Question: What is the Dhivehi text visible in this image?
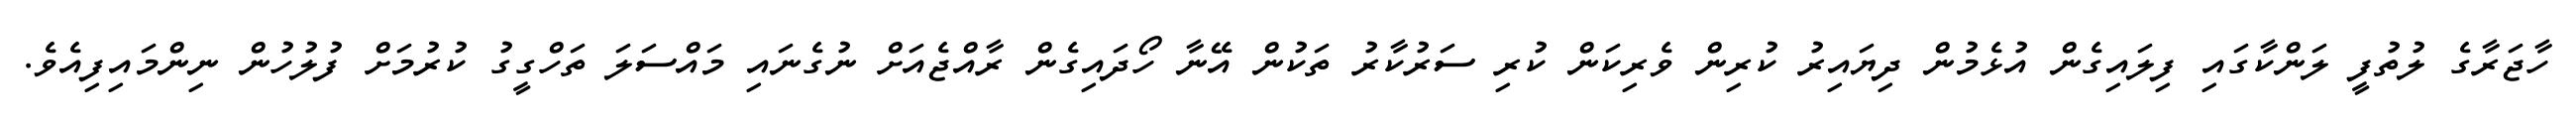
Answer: ހާޖަރާގެ ލުތުފީ ލަންކާގައި ފިލައިގެން އުޅެމުން ދިޔައިރު ކުރިން ވެރިކަން ކުރި ސަރުކާރު ތަކުން އޭނާ ހޯދައިގެން ރާއްޖެއަށް ނުގެނައި މައްސަލަ ތަހްގީގު ކުރުމަށް ފުލުހުން ނިންމައިފިއެވެ.